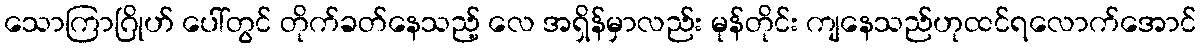
သောကြာဂြိုဟ် ပေါ်တွင် တိုက်ခတ်နေသည့် လေ အရှိန်မှာလည်း မုန်တိုင်း ကျနေသည်ဟုထင်ရလောက်အောင်